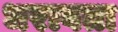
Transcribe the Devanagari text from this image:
धरावता